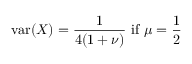
\operatorname { v a r } ( X ) = { \frac { 1 } { 4 ( 1 + \nu ) } } { \mathrm { ~ i f ~ } } \mu = { \frac { 1 } { 2 } }